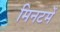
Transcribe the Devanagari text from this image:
मिनटमें